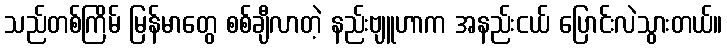
သည်တစ်ကြိမ် မြန်မာတွေ စစ်ချီလာတဲ့ နည်းဗျူဟာက အနည်းငယ် ပြောင်းလဲသွားတယ်။